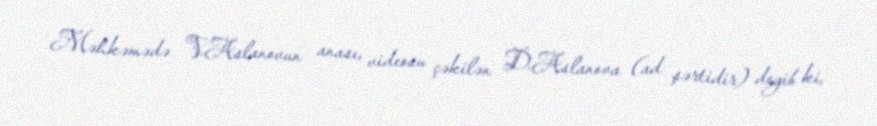
Məhkəmədə V.Aslanovun anası, videosu çəkilən D.Aslanova (ad şərtidir) deyib ki,